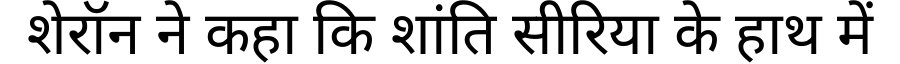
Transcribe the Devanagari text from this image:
शेरॉन ने कहा कि शांति सीरिया के हाथ में